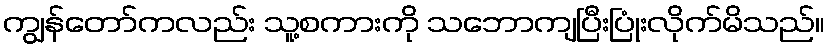
ကျွန်တော်ကလည်း သူ့စကားကို သဘောကျပြီးပြုံးလိုက်မိသည်။